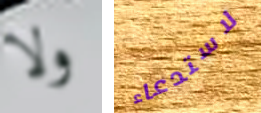
ولا لاستدعاء